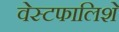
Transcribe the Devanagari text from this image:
वेस्टफालिशे